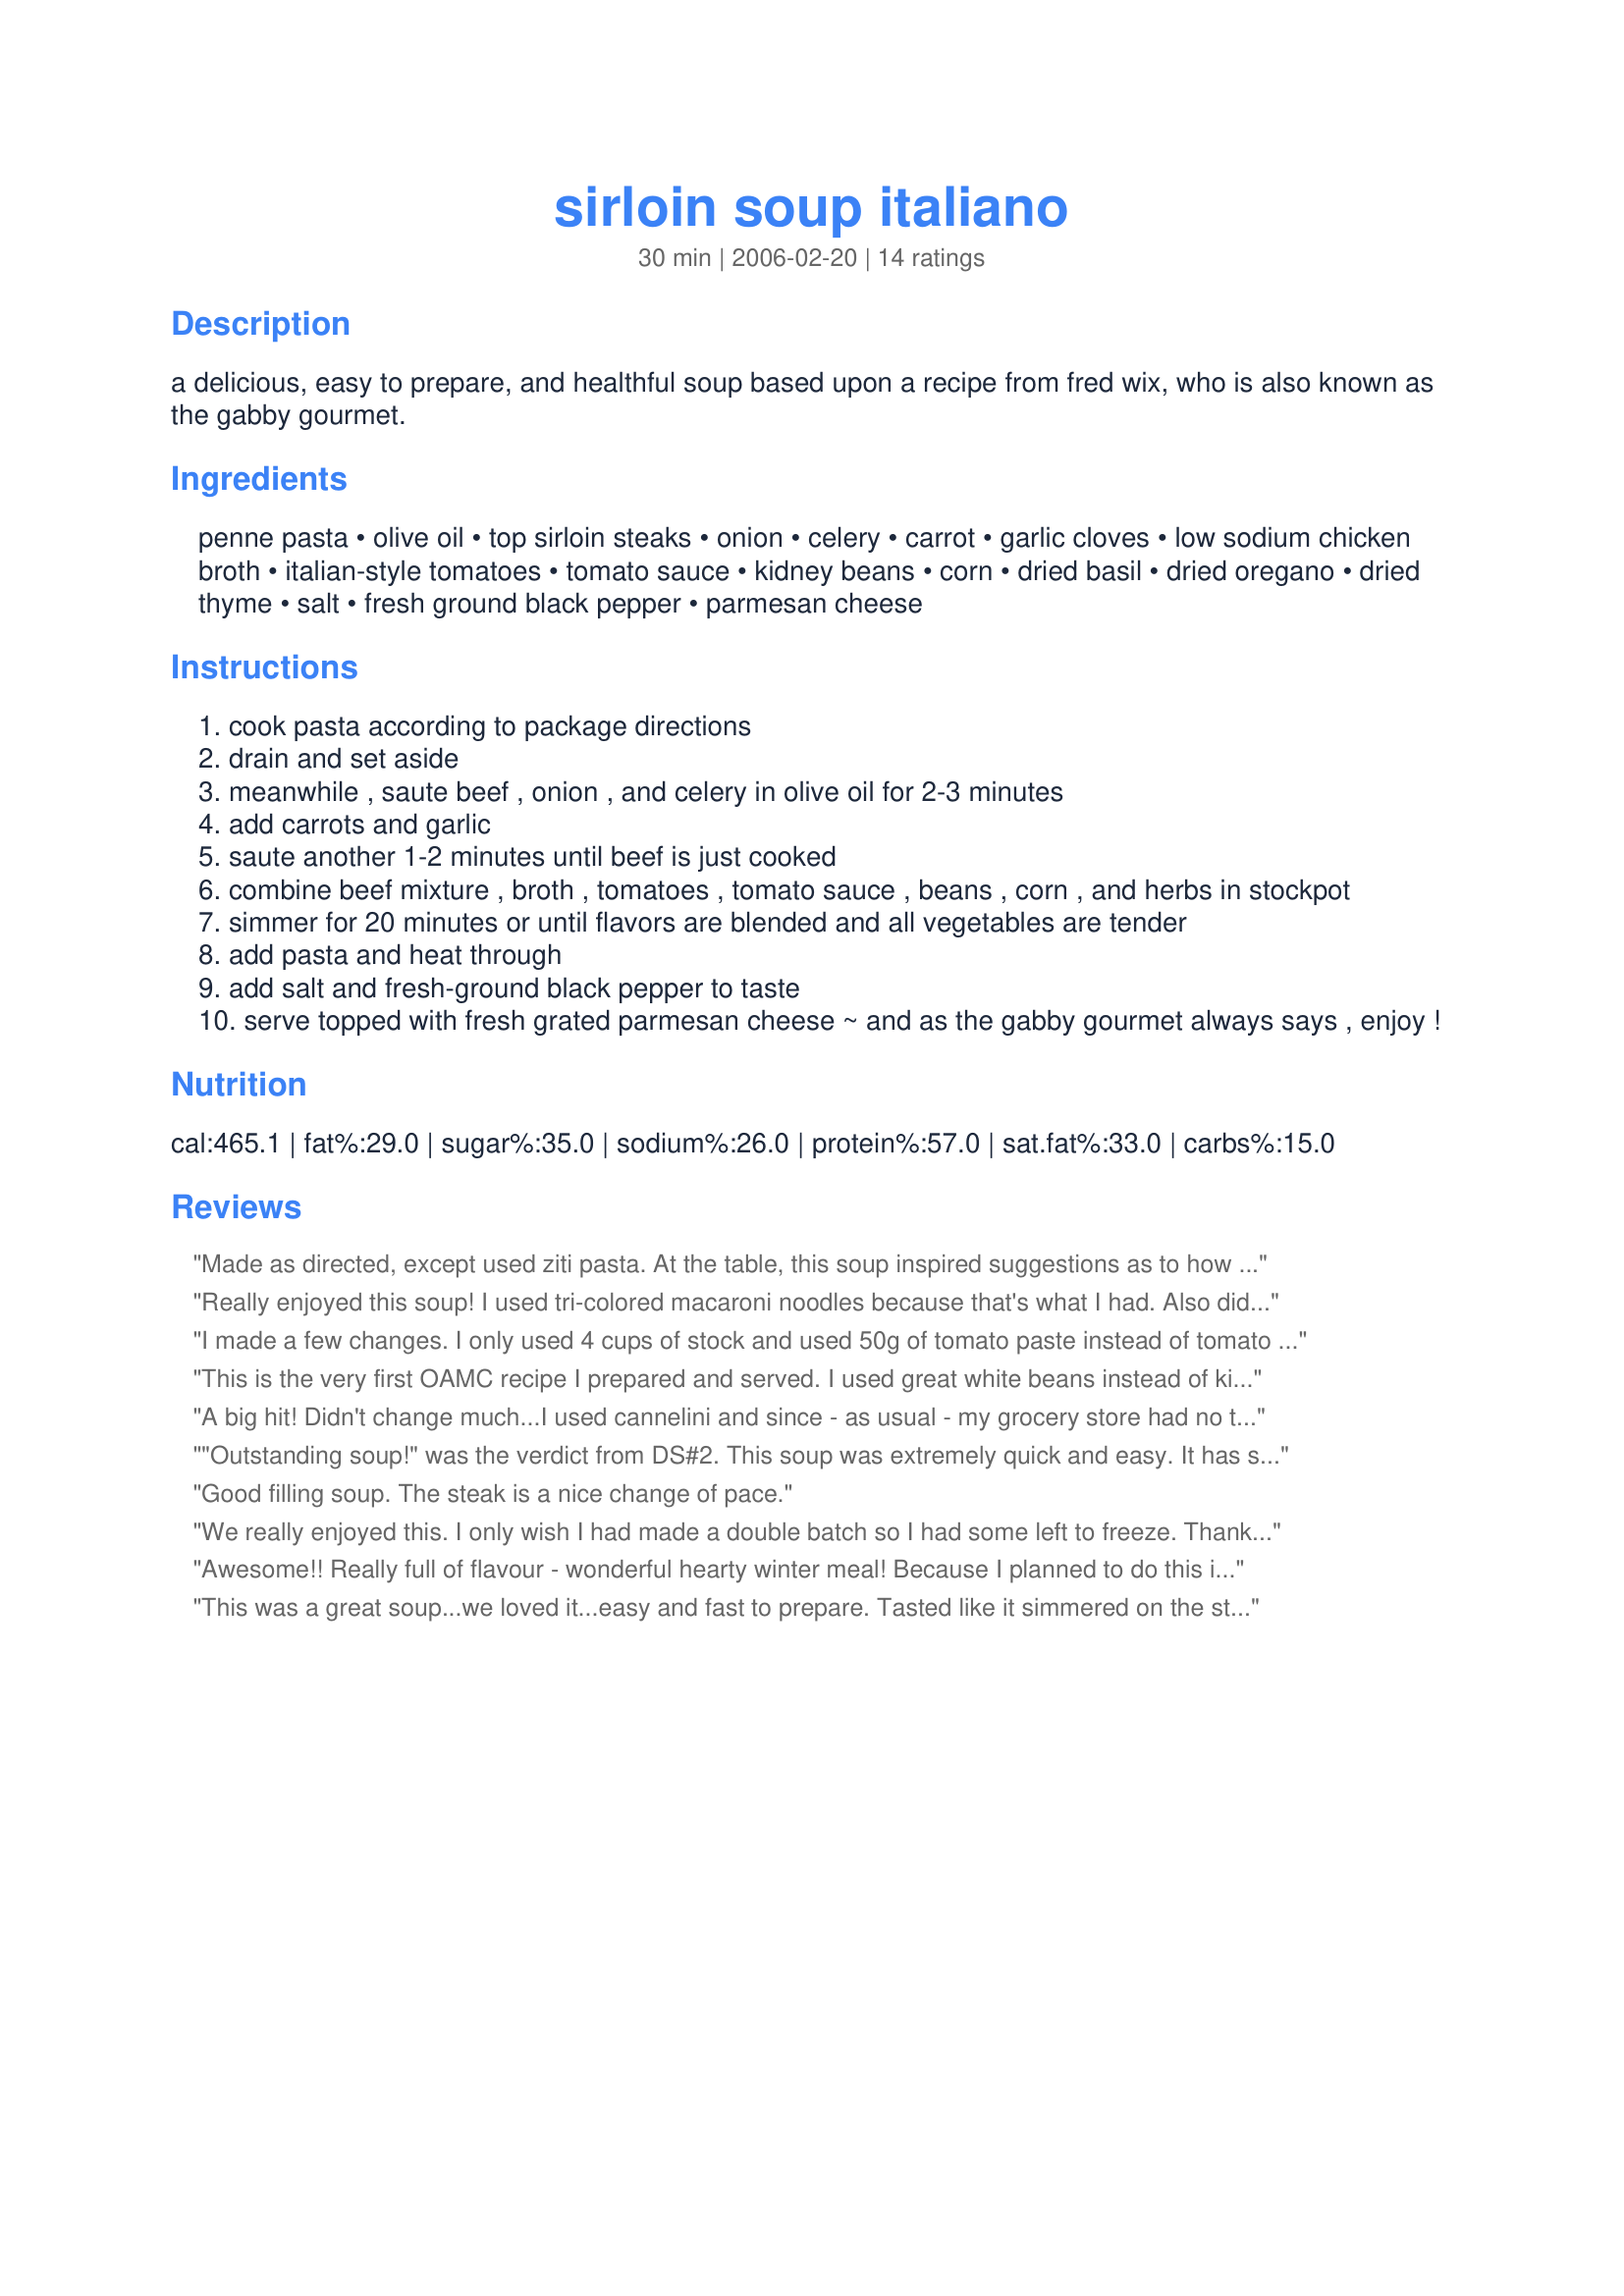
sirloin soup italiano
Preparation time: 30 minutes

a delicious, easy to prepare, and healthful soup based upon a recipe from fred wix, who is also known as the gabby gourmet.

Ingredients:
penne pasta, olive oil, top sirloin steaks, onion, celery, carrot, garlic cloves, low sodium chicken broth, italian-style tomatoes, tomato sauce, kidney beans, corn, dried basil, dried oregano, dried thyme, salt, fresh ground black pepper, parmesan cheese

Steps:
cook pasta according to package directions
drain and set aside
meanwhile , saute beef , onion , and celery in olive oil for 2-3 minutes
add carrots and garlic
saute another 1-2 minutes until beef is just cooked
combine beef mixture , broth , tomatoes , tomato sauce , beans , corn , and herbs in stockpot
simmer for 20 minutes or until flavors are blended and all vegetables are tender
add pasta and heat through
add salt and fresh-ground black pepper to taste
serve topped with fresh grated parmesan cheese ~ and as the gabby gourmet always says , enjoy !

Reviews:
Made as directed, except used ziti pasta. At the table, this soup inspired suggestions as to how to make it flavorful. My DH suggested Frank's Hot Sauce (his answer to everything!) and I said, "no", that Frank's is not in keeping with the Italian spirit behind this recipe. I added some balsamic vinegar to mine, and that seemed to balance it out. Thanks, Deb's Recipes! Made for <b>Best of 2008</b> tag.
Really enjoyed this soup! I used tri-colored macaroni noodles because that's what I had. Also didn't use corn since I was out. We are looking forward to leftovers. Thank you!
I made a few changes. I only used 4 cups of stock and used 50g of tomato paste instead of tomato sauce. It made it more like a stew and less like a soup. I was concerned about the meat being tough so I kept it aside after sauteeing and added it close to the end. I had to simmer for 30 min as the veg were still hard.
The family loved it. It was quick to prepare, nutritious and tasty.
This is the very first OAMC recipe I prepared and served. I used great white beans instead of kidneys and bow ties instead of penne, because that is what I had on hand. My whole family enjoyed this, it was hearty and comforting on a cold winter night. Thanks for posting this.
A big hit! Didn't change much...I used cannelini and since - as usual - my grocery store had no top sirloin in sight, I bought stew meat that I trimmed into smaller pieces. Worked fine. I simmered it for about an hour and 1/2 to make sure the meat was tender. This will be a part of our winter line up.
Thanks!
"Outstanding soup!" was the verdict from DS#2. This soup was extremely quick and easy. It has so many wonderful veggies in it yet it also satified the meat-eaters in my family. I used spinach penne (that's what I had). I'll be making this again for my family - and DS#2 wants to learn to make it too. Thanks Deb's Recipes!
Good filling soup. The steak is a nice change of pace.
We really enjoyed this. I only wish I had made a double batch so I had some left to freeze. Thanks so much for posting.

Nick's Mom
Awesome!! Really full of flavour - wonderful hearty winter meal! Because I planned to do this in the crockpot, hubby (the grocery shopper) just bought some cheap ol' cut of steak - lol - and it turned out amazingly tender. To make in the crockpot, this is what I did: Add all (raw) ingredients to the crockpot EXCEPT the pasta. Cook on low for 8-10 hours. Add the cooked pasta to the soup for the last 10-15 minutes.
This was a great soup...we loved it...easy and fast to prepare. Tasted like it simmered on the stove all day...I used some frozen mixed vegetables instead of the canned veggies...thanks
The Gabby Gourmet was right in saying 'Enjoy' as enjoy we all did!
This soup is wonderful, I added frozen corn as thats all I had..and instead of opening a new packet of penne pasta I used up some spirals that I had.
Served with crusty roll for a delicious dinner.
In to my favourite file.
This was wonderful. Made it this past weekend for a some friends. Even my 3 1/2 year old ate it. I used whole wheat small shelled pasta. Thank you so much for sharing this recipe.
Great soup, and easy to make. Used homemade beef stock and left out the beans. Even picky wife thought it was good. Better than the supermarket low sodium choices.
This soup was good but I felt it needed something.
